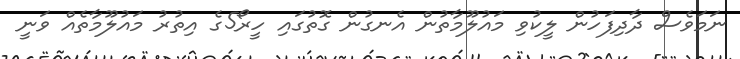
ނަމަވެސް ދާދިފަހުން ލީކުވި މައުލޫމާތުން އެނގުން ގޮތުގައި ހީރޯ5ގެ އިތުރު މައުލޫމާތެއް ވަނީ